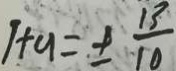
1 + 9 = \pm \frac { 1 3 } { 1 0 }